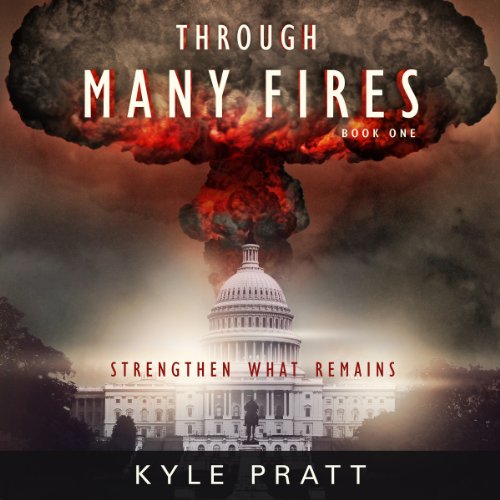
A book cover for Through Many Fires: Strengthen What Remains; Kyle Pratt; Science Fiction & Fantasy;